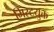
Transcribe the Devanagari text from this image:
मिस्टयुक्त